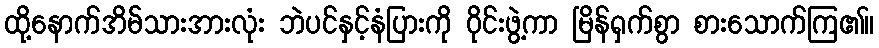
ထို့နောက်အိမ်သားအားလုံး ဘဲပင်နှင့်နံပြားကို ဝိုင်းဖွဲ့ကာ မြိန်ရှက်စွာ စားသောက်ကြ၏။